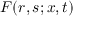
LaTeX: F ( r , s ; x , t )